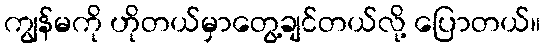
ကျွန်မကို ဟိုတယ်မှာတွေ့ချင်တယ်လို့ ပြောတယ်။